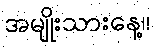
အမျိုးသားနေ့။